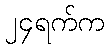
၂၄ရက်က